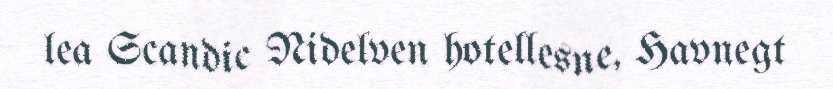
lea Scandic Nidelven hotellesne, Havnegt